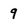
Character: 9